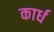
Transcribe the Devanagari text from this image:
कार्ध